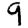
Digit: 9